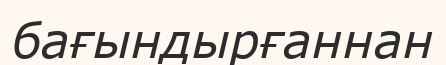
бағындырғаннан